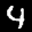
Label: 4